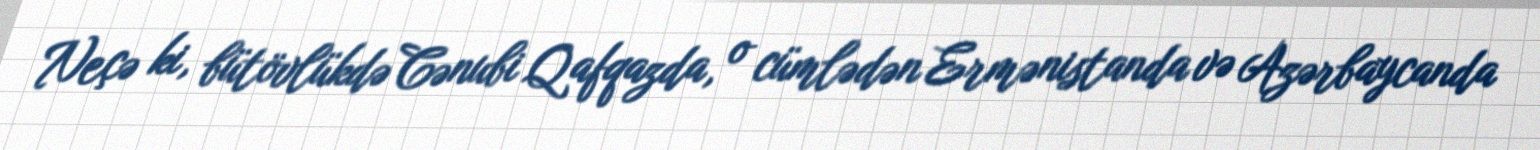
Neçə ki, bütövlükdə Cənubi Qafqazda, o cümlədən Ermənistanda və Azərbaycanda